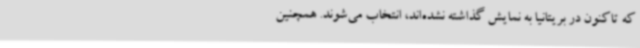
که تاکنون در بریتانیا به نمایش گذاشته نشده‌اند، انتخاب می‌شوند. همچنین